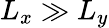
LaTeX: L_{x}\gg L_{y}